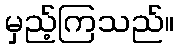
မှည့်ကြသည်။